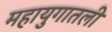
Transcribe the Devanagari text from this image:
महायुगातली